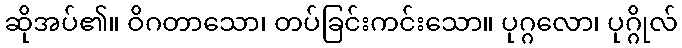
ဆိုအပ်၏။ ဝိဂတာသော၊ တပ်ခြင်းကင်းသော။ ပုဂ္ဂလော၊ ပုဂ္ဂိုလ်